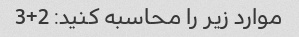
موارد زیر را محاسبه کنید: 2+3